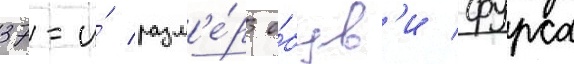
37-и́ разм'е́р о́був'и фурса